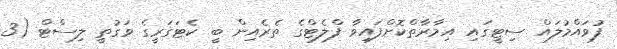
ފުވައްމުލައް ސިޓީގައި އިމާރާތްކޮށްފައިވާ ފްލެޓްގެ ތެރެއިން ބީ ކެޓަގަރީގެ ވަގުތީ ލިސްޓް (3